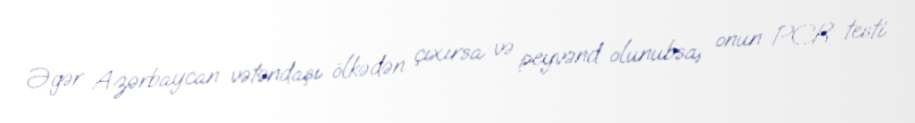
Əgər Azərbaycan vətəndaşı ölkədən çıxırsa və peyvənd olunubsa, onun PCR testi